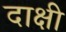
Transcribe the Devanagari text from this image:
दाक्षी